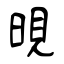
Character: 晛